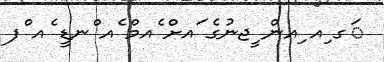
ަގ ިއ ިއން ީޖނުގެ ައށް ެއމް ެއ ްނޑީ ެއ ްފ